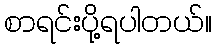
စာရင်းပို့ရပါတယ်။